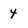
Character: 4